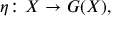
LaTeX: \eta \colon X \to G ( X ) ,